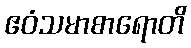
ဧဝံသမာစာရောတိ